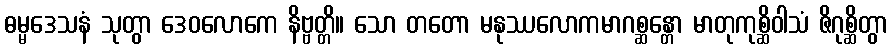
ဓမ္မဒေသနံ သုတွာ ဒေဝလောကေ နိဗ္ဗတ္တိ။ သော တတော မနုဿလောကမာဂစ္ဆန္တော မာတုကုစ္ဆိဝါသံ ဇိဂုစ္ဆိတွာ